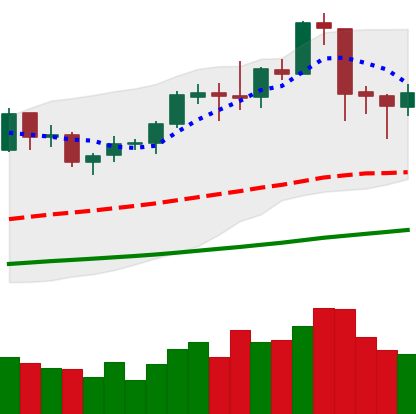
Ticker: ETC-USD
Chart end date: 2019-06-07
Forward return: 4.129%
Label: up_3_5